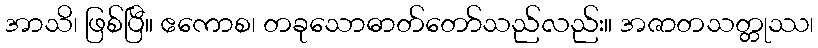
အာသိ၊ ဖြစ်ပြီ။ ဧကောစ၊ တခုသောဓာတ်တော်သည်လည်း။ အဇာတသတ္တုဿ၊